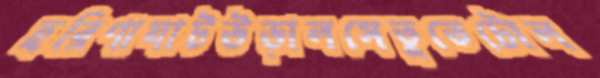
হরিণাঘাটউড়ালসেতুতেটোল